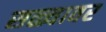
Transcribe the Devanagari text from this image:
सळ्यावर